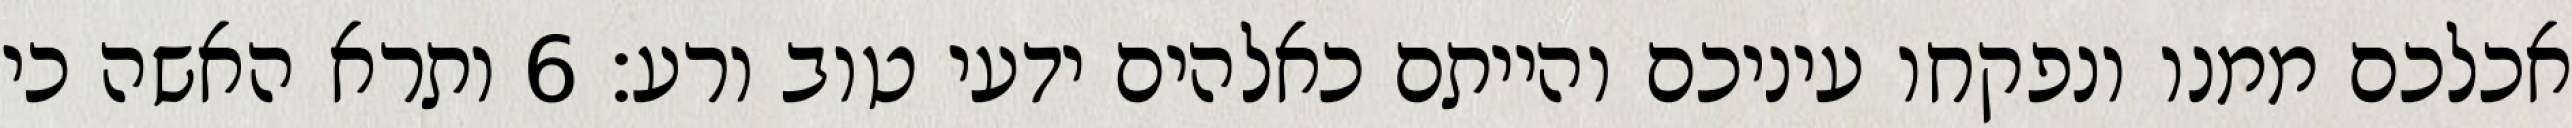
אכלכם ממנו ונפקחו עיניכם והייתם כאלהים ידעי טוב ורע׃ ‎6‏ ותרא האשה כי